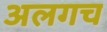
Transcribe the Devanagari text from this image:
अलगच